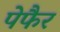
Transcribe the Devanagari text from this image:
पेफैर